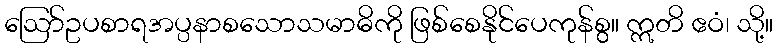
ဩော်ဥပစာရအပ္ပနာစသောသမာဓိကို ဖြစ်စေနိုင်ပေကုန်စွ။ ဣတိ ဧဝံ၊ သို့။